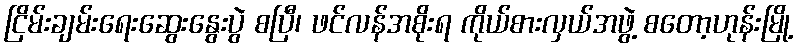
ငြိမ်းချမ်းရေးဆွေးနွေးပွဲ စပြီ၊ ဖင်လန်အစိုးရ ကိုယ်စားလှယ်အဖွဲ့ စတော့ဟုန်းမြို့